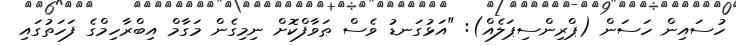
ހުސައިން ހަސަން (ޕްރިންސިޕަލެއް): "އަޅުގަނޑު ވެސް ޠަވާފްކޮށް ނިމިގެން މަގާމް އިބްރާހިމްގެ ފަހަތުގައި